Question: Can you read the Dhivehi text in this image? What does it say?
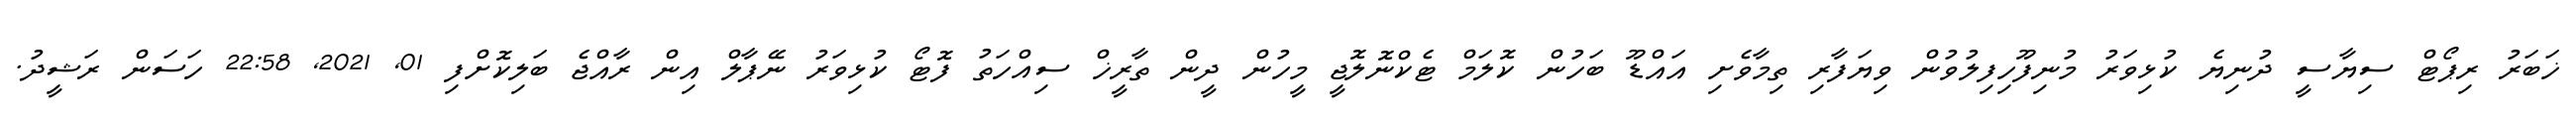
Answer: ޚަބަރު ރިޕޯޓް ސިޔާސީ ދުނިޔެ ކުޅިވަރު މުނިފޫހިފިލުވުން ވިޔަފާރި ތިމާވެށި އައްޑޫ ބަހުން ކޮލަމް ޓެކްނޮލޮޖީ މީހުން ދީން ތާރީޚް ސިއްހަތު ފޮޓޯ ކުޅިވަރު ނޭޕާލް އިން ރާއްޖެ ބަލިކޮށްފި 01, 2021, 22:58 ހަސަން ރަޝީދު.